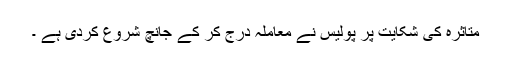
متاثرہ کی شکایت پر پولیس نے معاملہ درج کر کے جانچ شروع کردی ہے ۔